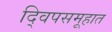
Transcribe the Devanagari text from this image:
द्विपसमूहात